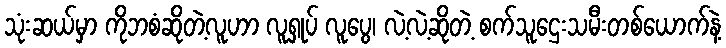
သုံးဆယ်မှာ ကိုဘစံဆိုတဲ့လူဟာ လူရှုပ် လူပွေ၊ လဲ့လဲ့ဆိုတဲ့ စက်သူဌေးသမီးတစ်ယောက်နဲ့